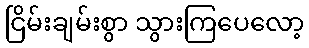
ငြိမ်းချမ်းစွာ သွားကြပေလော့